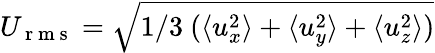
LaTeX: U_{\mathrm{~r~m~s~}}=\sqrt{1/3\ (\langle u_{x}^{2}\rangle+\langle u_{y}^{2}\rangle+\langle u_{z}^{2}\rangle)}